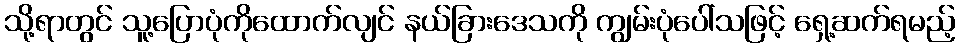
သို့ရာတွင် သူ့ပြောပုံကိုထောက်လျင် နယ်ခြားဒေသကို ကျွမ်းပုံပေါ်သဖြင့် ရှေ့ဆက်ရမည့်